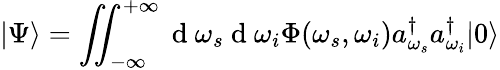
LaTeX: |\Psi\rangle=\iint_{-\infty}^{+\infty}\mathrm{~d~}\omega_{s}\mathrm{~d~}\omega_{i}\Phi(\omega_{s},\omega_{i})a_{\omega_{s}}^{\dagger}a_{\omega_{i}}^{\dagger}|0\rangle